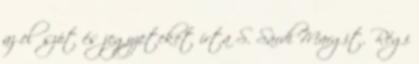
az előszót és jegyzeteket írta S. Sárdi Margit. Régi